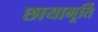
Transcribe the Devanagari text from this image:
छायामूर्ति